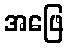
အဖြေ